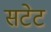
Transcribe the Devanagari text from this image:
सटेट